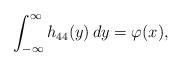
LaTeX: \begin{align*}\int_{-\infty}^\infty h_{44}(y)\, dy = \varphi(x),\end{align*}